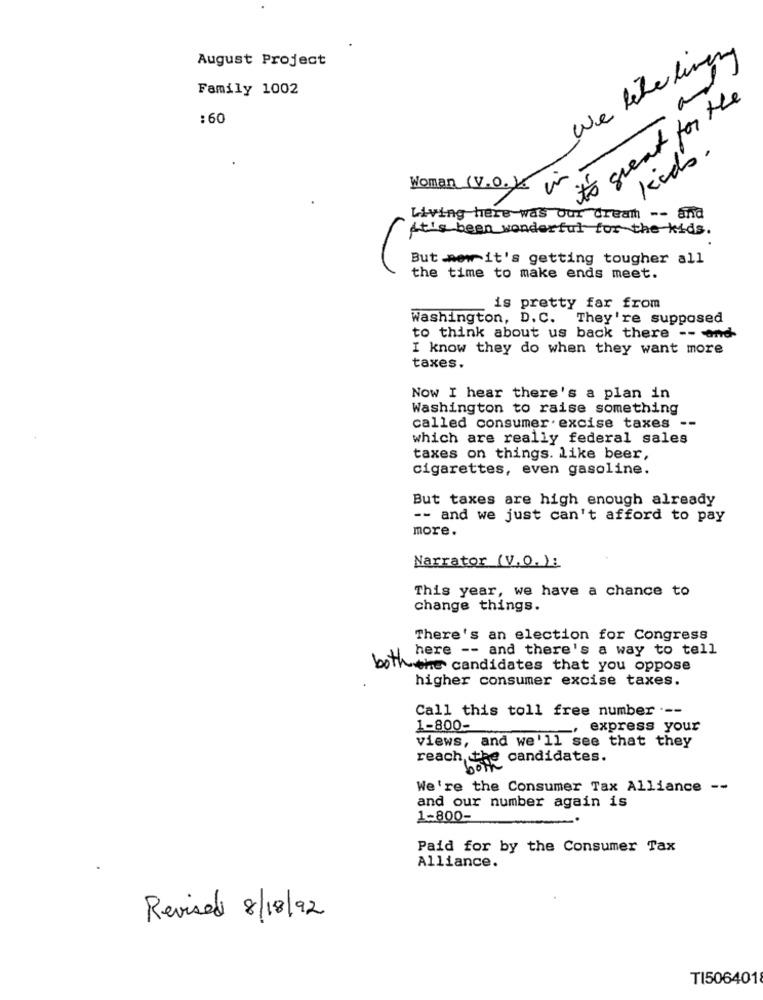
August Project
We lecker living
Family 1002
a
to great for the
:60
kids.
Woman (V.o.K
Living here was Our dream -- and
it's been wonderful for the kids.
But .now it's getting tougher all
the time to make ends meet.
is pretty far from
Washington, D.C. They're supposed
to think about us back there -- and
I know they do when they want more
taxes.
Now I hear there's a plan in
Washington to raise something
called consumer . excise taxes --
which are really federal sales
taxes on things. like beer,
cigarettes, even gasoline.
But taxes are high enough already
-- and we just can't afford to pay
more.
Narrator (V.O.):
This year, we have a chance to
change things.
There's an election for Congress
here -- and there's a way to tell
both the candidates that you oppose
higher consumer excise taxes.
Call this toll free number ---
1-800-
express your
views, and we'll see that they
reach the candidates.
We're the Consumer Tax Alliance --
and our number again is
1-800-
Paid for by the Consumer Tax
Alliance.
Revised 8/18/92
TI506401